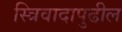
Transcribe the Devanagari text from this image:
स्त्रिवादापुढील